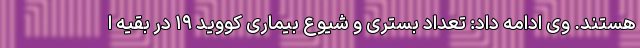
هستند. وی ادامه داد: تعداد بستری و شیوع بیماری کووید ۱۹ در بقیه ا